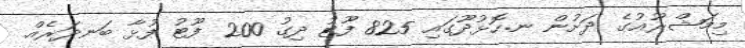
މިމަޝްރޫޢުގެ ދަށުން ނ.ހޮޅުދޫގައި 825 ފޫޓު ދިގު 200 ފޫޓު ފުޅާ ބަނދަރެއް